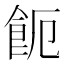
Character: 𩚚